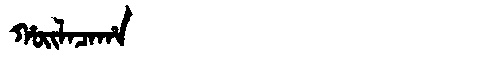
Manchu: ᡥᠣᡳᠯᠠᠴᠠᡥᠠ
Romanization: HOILACAHA